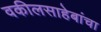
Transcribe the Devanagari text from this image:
वकीलसाहेबांचा